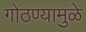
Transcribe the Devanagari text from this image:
गोठण्यामुळे